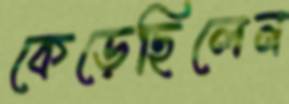
কেড়েছিলেন